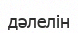
дәлелін